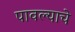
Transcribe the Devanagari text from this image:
पावल्याचे